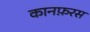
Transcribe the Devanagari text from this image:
कानफ़रस